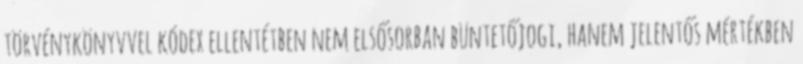
törvénykönyvvel kódex ellentétben nem elsősorban büntetőjogi, hanem jelentős mértékben